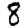
Digit: 8